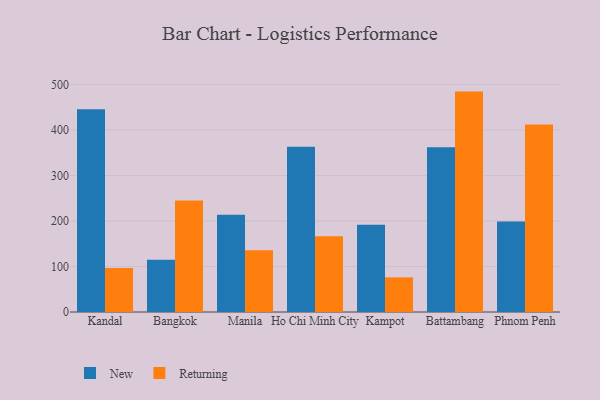
{"axis": {"x": "City", "y": "LTV (USD)"}, "legend": ["New", "Returning"], "data": [{"x": "Kandal", "y": 445.6, "type": "New"}, {"x": "Kandal", "y": 96.6, "type": "Returning"}, {"x": "Bangkok", "y": 114.8, "type": "New"}, {"x": "Bangkok", "y": 244.8, "type": "Returning"}, {"x": "Manila", "y": 213.7, "type": "New"}, {"x": "Manila", "y": 135.8, "type": "Returning"}, {"x": "Ho Chi Minh City", "y": 363.0, "type": "New"}, {"x": "Ho Chi Minh City", "y": 166.2, "type": "Returning"}, {"x": "Kampot", "y": 191.6, "type": "New"}, {"x": "Kampot", "y": 76.1, "type": "Returning"}, {"x": "Battambang", "y": 362.1, "type": "New"}, {"x": "Battambang", "y": 484.3, "type": "Returning"}, {"x": "Phnom Penh", "y": 199.1, "type": "New"}, {"x": "Phnom Penh", "y": 411.8, "type": "Returning"}]}